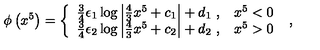
\phi \left( x ^ { 5 } \right) = \left\{ \begin{array} { l l } { \frac { 3 } { 4 } \epsilon _ { 1 } \log \left| \frac { 4 } { 3 } x ^ { 5 } + c _ { 1 } \right| + d _ { 1 } \ , } & { x ^ { 5 } < 0 } \\ { \frac { 3 } { 4 } \epsilon _ { 2 } \log \left| \frac { 4 } { 3 } x ^ { 5 } + c _ { 2 } \right| + d _ { 2 } \ , } & { x ^ { 5 } > 0 } \\ \end{array} \right. \ ,